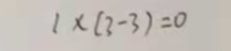
1 \times ( 3 - 3 ) = 0